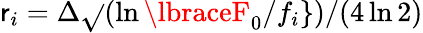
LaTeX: \mathsf{r}_{i}=\Delta\sqrt{}{{(\ln\lbraceF_{0}/f_{i}\rbrace)/(4\ln2)}}